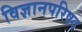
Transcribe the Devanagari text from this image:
विज्ञानपरिषद